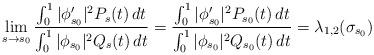
LaTeX: \begin{align*}\lim_{s \to s_0} \frac{\int_0^1 | \phi_{s_0}' |^2 P_s(t) \,dt}{\int_0^1 | \phi_{s_0} |^2 Q_s(t) \,dt}= \frac{\int_0^1 | \phi_{s_0}' |^2 P_{s_0}(t) \,dt}{\int_0^1 | \phi_{s_0} |^2 Q_{s_0}(t) \,dt}= \lambda_{1,2}(\sigma_{s_0})\end{align*}